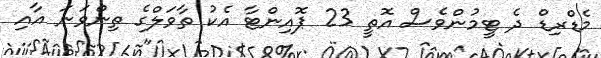
މެޑްރިޑް ދެ ޓީމުންވެސް އޮތީ 23 ޕޮއިންޓާ އެކު ތާވަލްގެ ތިންވަނަ އާއި